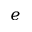
e